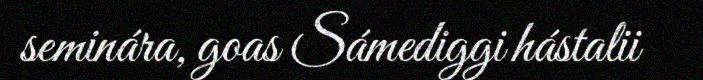
seminára, goas Sámediggi hástalii